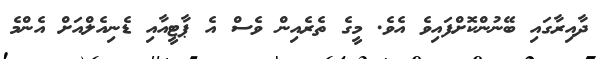
ދާއިރާގައި ބޭނުންކޮށްފައިވެ އެވެ. މީގެ ތެރެއިން ވެސް އެ ޕާޓީއާއި ޑެނިއެލްއަށް އެންމެ